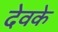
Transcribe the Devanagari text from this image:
देवके